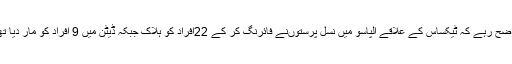
واضح رہے کہ ٹیکساس کے علاقے الپاسو میں نسل پرستوںنے فائرنگ کر کے 22افراد کو ہلاک جبکہ ڈیٹن میں 9 افراد کو مار دیا تھا۔